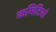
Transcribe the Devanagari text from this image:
कमिटियां